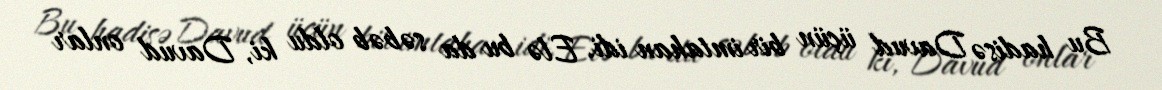
Bu hadisə Davud üçün bir imtahan idi. Elə bu da səbəb oldu ki, Davud onlar